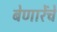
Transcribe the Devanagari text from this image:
बेणारेंचे